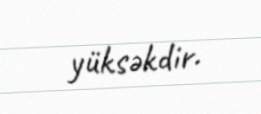
yüksəkdir.